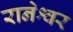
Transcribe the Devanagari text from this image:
रानेश्वर